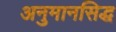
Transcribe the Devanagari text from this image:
अनुमानसिद्ध